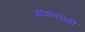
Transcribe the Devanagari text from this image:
डावांमधेही